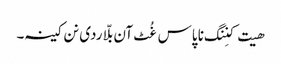
ھیت کنِنگ نا پاس غُٹ آن بلّا ردی نن کینہ۔